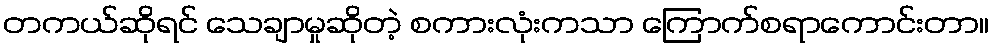
တကယ်ဆိုရင် သေချာမှုဆိုတဲ့ စကားလုံးကသာ ကြောက်စရာကောင်းတာ။